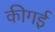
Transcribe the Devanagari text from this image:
कीगई